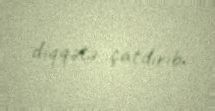
diqqətə çatdırıb.